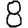
Digit: 8